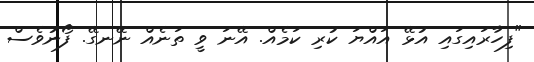
"ފިހާރައިގައި އުޅޭ އައްޔަ ކުރި ކަމެއް. އޭނަ ވީ ތަނެއް ނޭނގޭ. ފޯނުވެސް